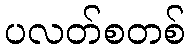
ပလတ်စတစ်